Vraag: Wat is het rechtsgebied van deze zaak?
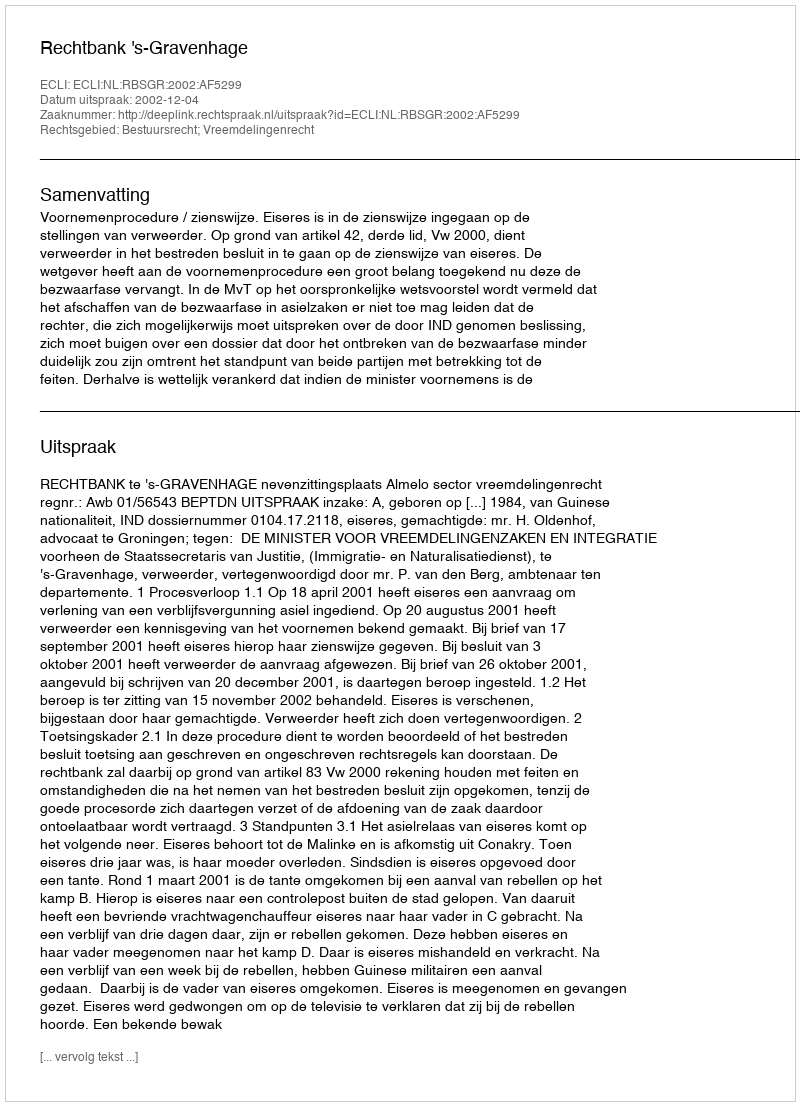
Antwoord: Bestuursrecht; Vreemdelingenrecht